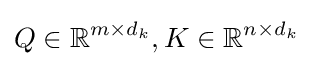
Q\in \mathbb {R} ^{m\times d_{k}},K\in \mathbb {R} ^{n\times d_{k}}